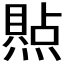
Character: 𪹭